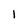
Character: 1